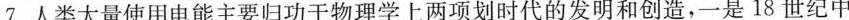
7.人类大量使用电能主要归功于物理学上两项划时代的发明和创造，一是18世纪中